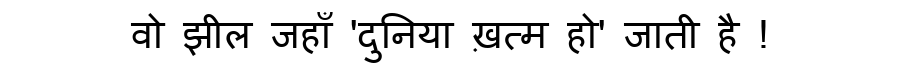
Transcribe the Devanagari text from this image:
वो झील जहाँ 'दुनिया ख़त्म हो' जाती है !